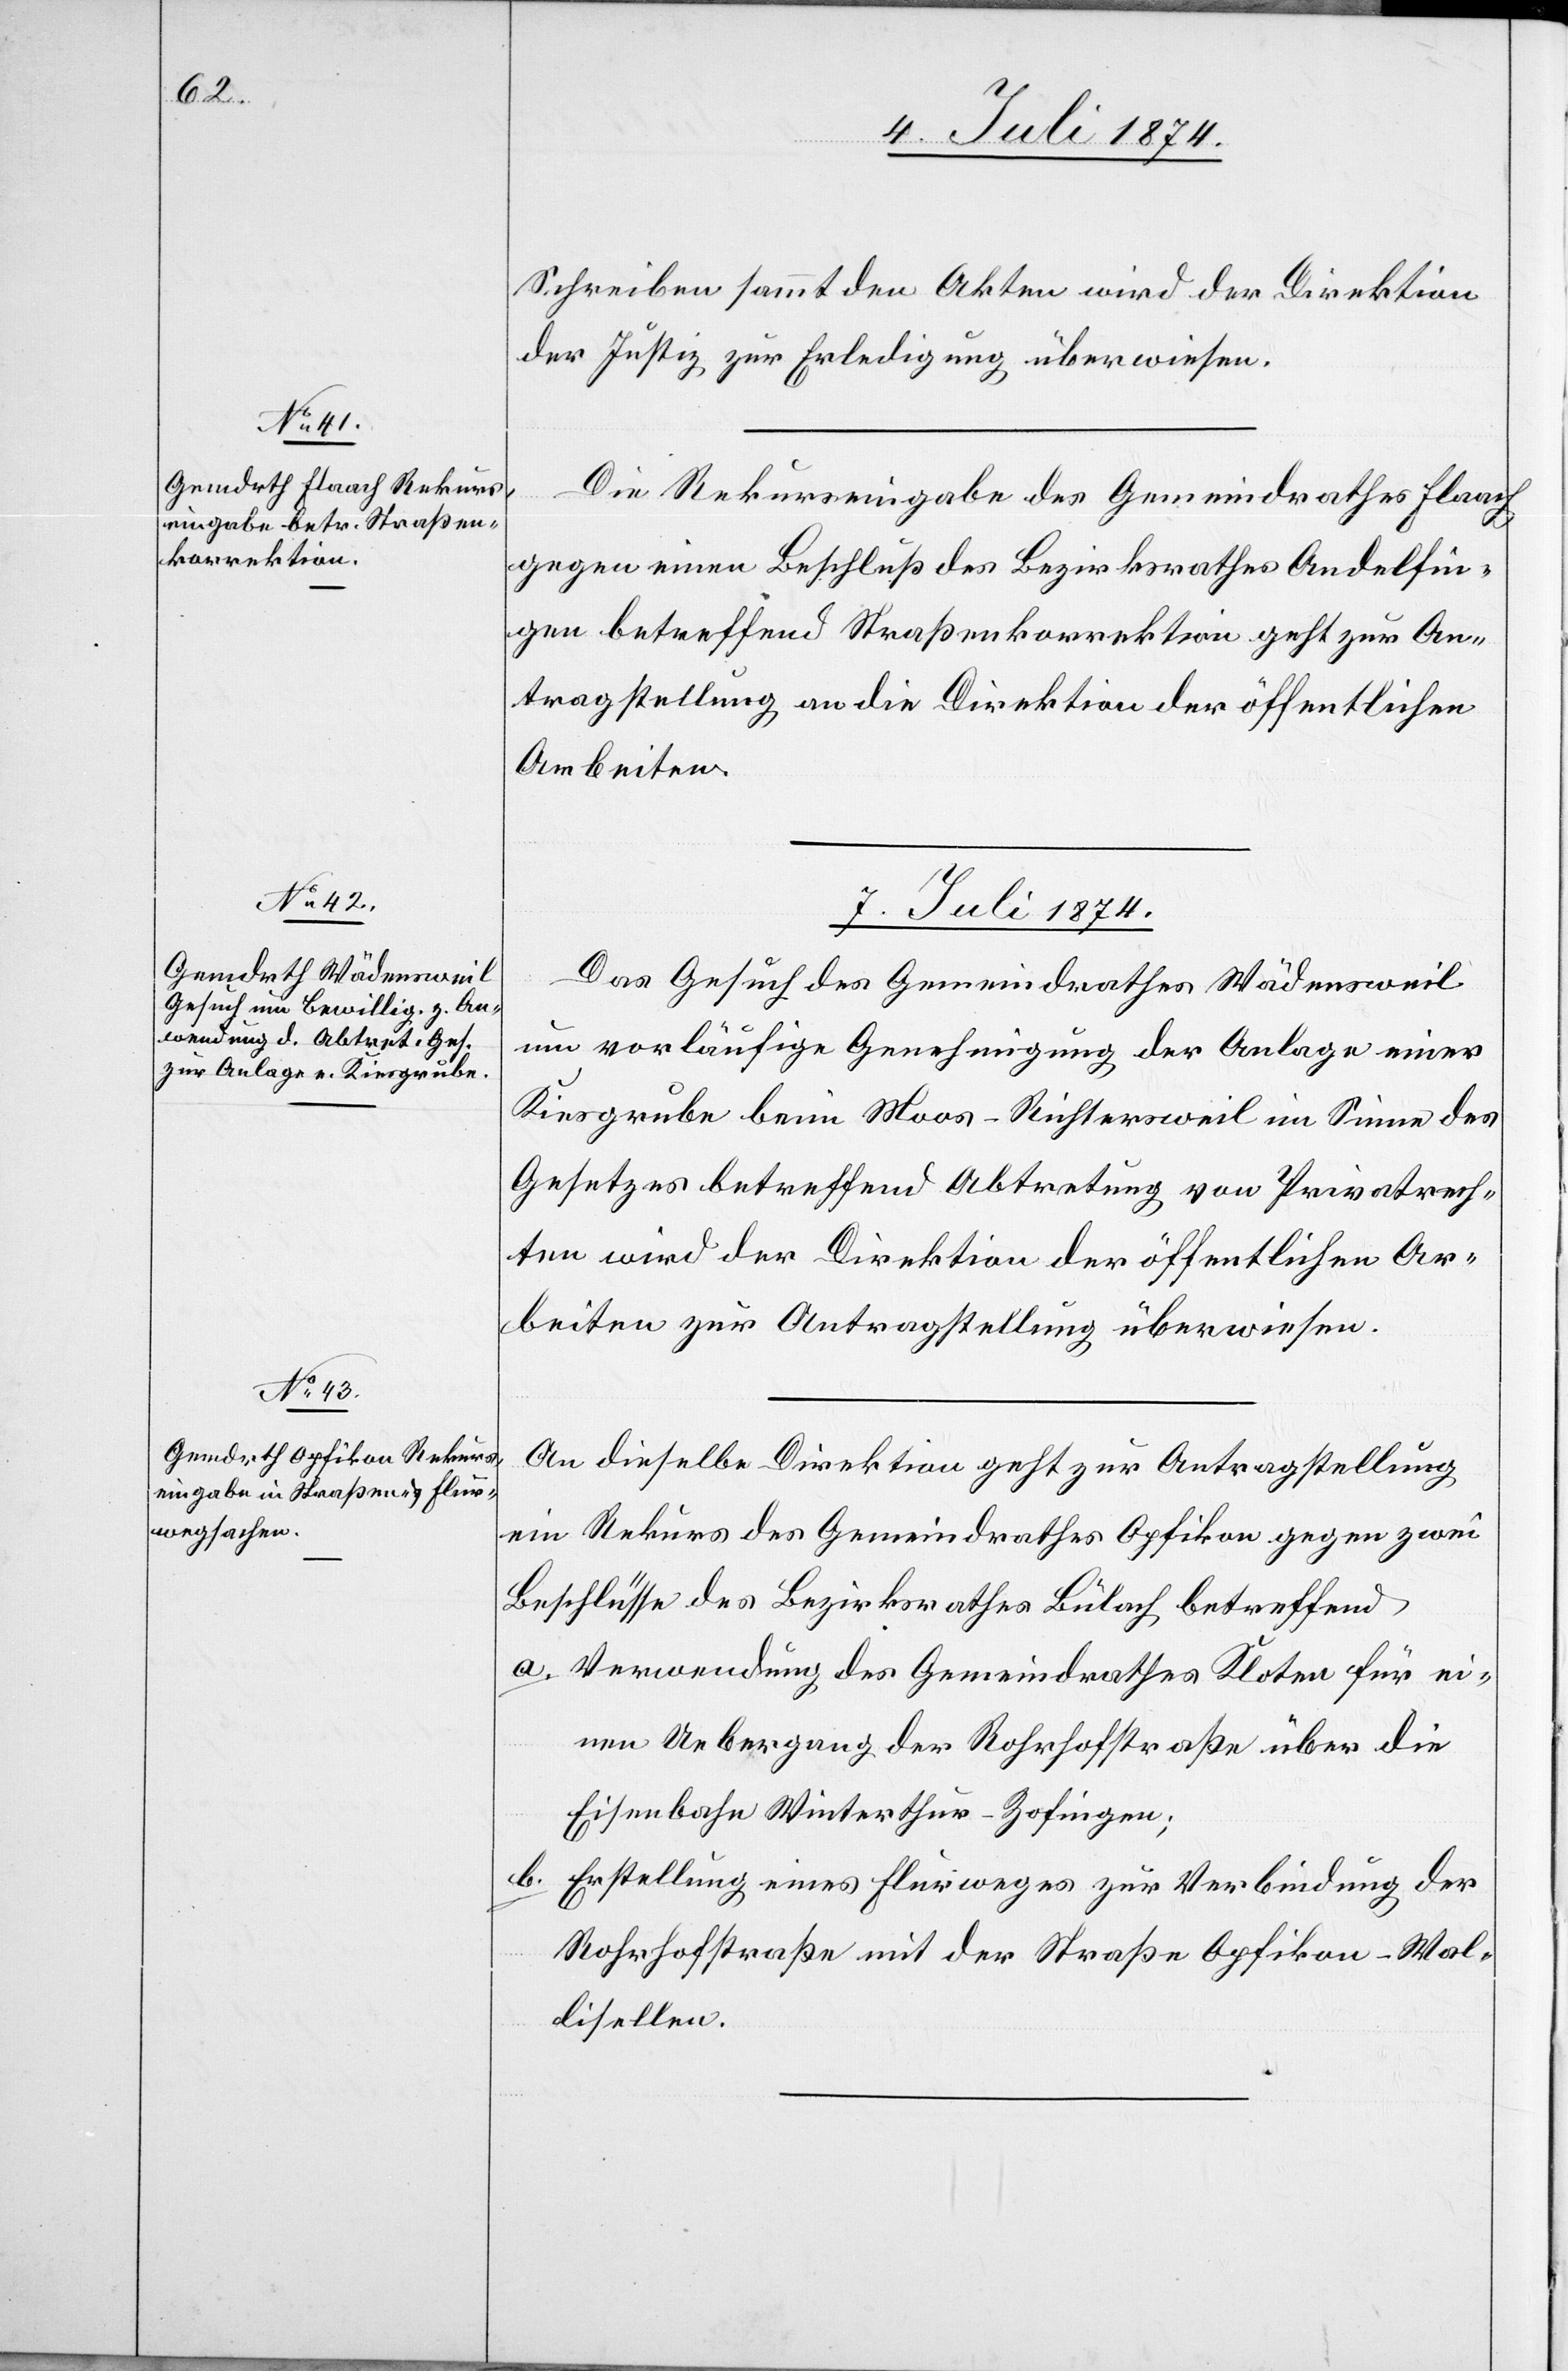
Schreiben sammt den Akten wird der Direktion
der Justiz zur Erledigung überwiesen.
Die Rekurseingabe des Gemeindrathes Flaach
gegen einen Beschluß des Bezirksrathes Andelfin¬
gen betreffend Straßenkorrektion geht zur An¬
tragstellung an die Direktion der öffentlichen
Arbeiten.
7. Juli 1874.]
Das Gesuch des Gemeindrathes Wädensweil
um vorläufige Genehmigung der Anlage einer
Kiesgrube beim Moos-Richtersweil im Sinne des
Gesetzes betreffend Abtretungen von Privatrech¬
ten wird der Direktion der öffentlichen Ar¬
beiten zur Antragstellung überwiesen.
An dieselbe Direktion geht zur Antragstellung
ein Rekurs des Gemeindrathes Opfikon gegen zwei
Beschlüsse des Bezirksrathes Bülach betreffend
a. Verwendung des Gemeindrathes Kloten für ei¬
nen Uebergang der Rohrhofstraße über die
Eisenbahn Winterthur–Zofingen;
b. Erstellung eines Flurweges zur Verbindung der
Rohrhofstraße mit der Straße Opfikon–Wal¬
lisellen.